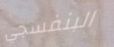
البنفسجي